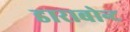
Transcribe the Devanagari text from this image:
डाराबोन्ट